Source: Handwritten
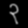
Digit: ၃ (3)